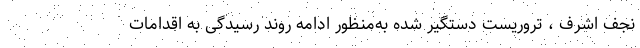
نجف اشرف ، تروریست دستگیر شده به‌منظور ادامه روند رسیدگی به اقدامات